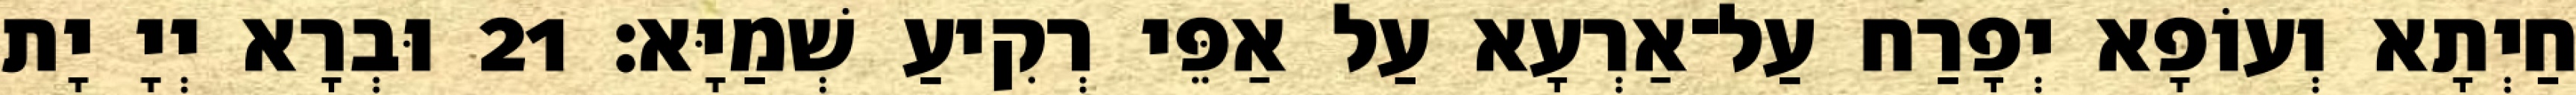
חַיְתָא וְעוֹפָא יְפָרַח עַל־אַרְעָא עַל אַפֵּי רְקִיעַ שְׁמַיָּא׃ 21 וּבְרָא יְיָ יָת